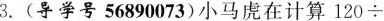
3.(导学号56890073)小马虎在计算120÷